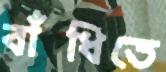
বাঁধিতে